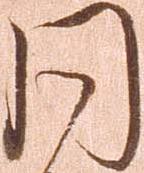
同